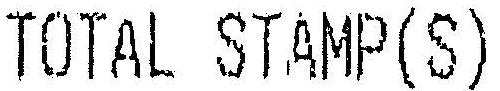
TOTAL STAMP(S)